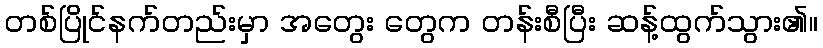
တစ်ပြိုင်နက်တည်းမှာ အတွေး တွေက တန်းစီပြီး ဆန့်ထွက်သွား၏။